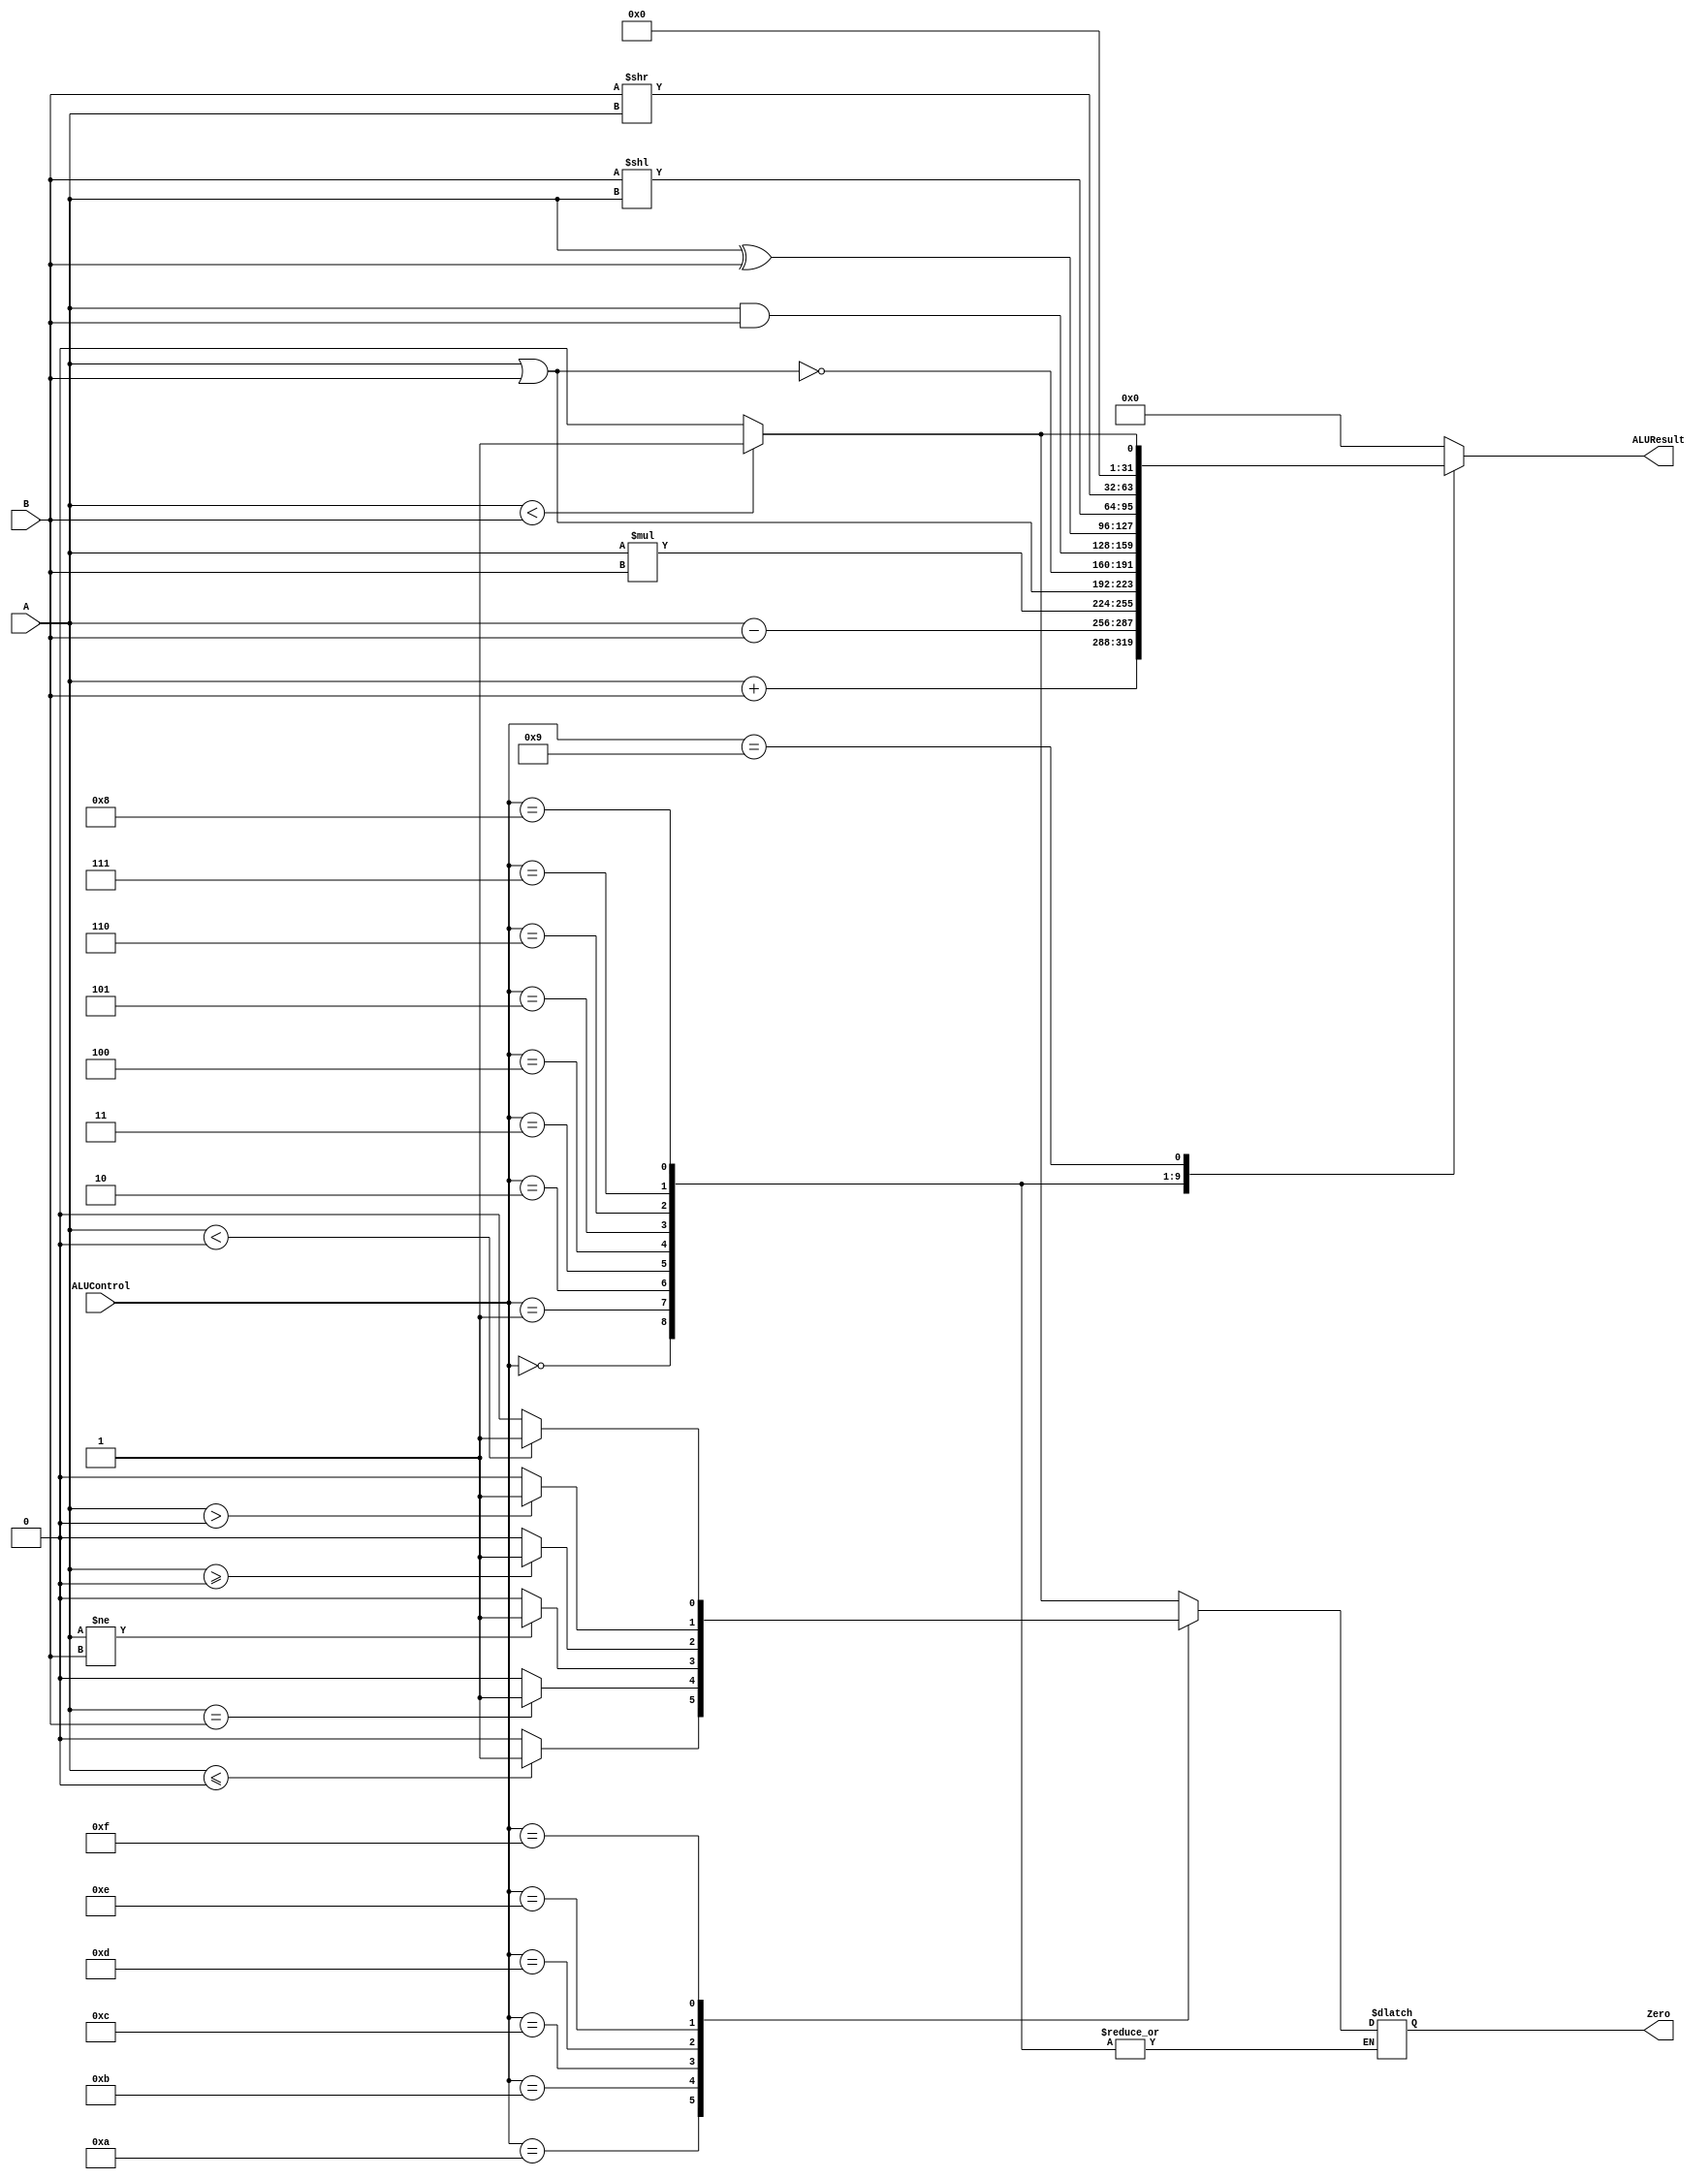
`timescale 1ns / 1ps

////////////////////////////////////////////////////////////////////////////////
// ECE369 - Computer Architecture
// 
// Module - ALU32Bit.v
// Description - 32-Bit wide arithmetic logic unit (ALU).
//
// INPUTS:-
// ALUControl: N-Bit input control bits to select an ALU operation.
// A: 32-Bit input port A.
// B: 32-Bit input port B.
//
// OUTPUTS:-
// ALUResult: 32-Bit ALU result output.
// ZERO: 1-Bit output flag. 
//
// FUNCTIONALITY:-
// Design a 32-Bit ALU, so that it supports all arithmetic operations 
// needed by the MIPS instructions given in Labs5-8.docx document. 
//   The 'ALUResult' will output the corresponding result of the operation 
//   based on the 32-Bit inputs, 'A', and 'B'. 
//   The 'Zero' flag is high when 'ALUResult' is '0'. 
//   The 'ALUControl' signal should determine the function of the ALU 
//   You need to determine the bitwidth of the ALUControl signal based on the number of 
//   operations needed to support. 
////////////////////////////////////////////////////////////////////////////////
//Percentages
//Mason: 33%
//Alex: 33%
// Ali: 33%
module ALU32Bit(
    input [3:0]ALUControl, 
    input signed [31:0] A, B, 
    output reg [31:0] ALUResult, 
    output reg Zero
    );
    
    always @(ALUControl, A, B ) begin
        ALUResult <= 0;
		case(ALUControl)
			4'b0000: ALUResult <= A + B; //add
			4'b0001: ALUResult <= A - B;//subtract
			4'b0010: ALUResult <= A * B; //multiply
			
			4'b0011: ALUResult <= A | B;//or
			4'b0100: ALUResult <= ~(A | B); //nor
			4'b0101: ALUResult <= A & B;//and
			4'b0110: ALUResult <= A^B; //xor
			4'b0111: ALUResult <= B << A; //shift left by A (order is cuz of sa reg)
			4'b1000: ALUResult <= B >> A; //shift right by A (order is cuz of sa reg)

			4'b1001: begin
				ALUResult <= A < B ? 1:0; //if A < B, 1, else 0
				Zero <= A < B ? 1:0; //if A < B, zero = 1, else zero = 0
			end
			
			4'b1010: begin
			 Zero = A <= 32'sd0 ? 1:0; //if A <= B, 1, else 0 //blez
			end
			
			4'b1011: begin
			 Zero = A == B ? 1:0; //if A == B, 1, else 0 //beq
			end
			
			4'b1100: begin
			 Zero = A != B ? 1:0; //if A != B, 1, else 0 //bne
			end
			
			4'b1101: begin
			 Zero = A >= 32'sd0 ? 1:0; //if A >= B, 1, else 0 //bgez
			end
			
			4'b1110: begin
			 Zero = A > 32'sd0 ? 1:0; //if A > B, 1, else 0 //bgtz
			end
			
			4'b1111: begin
			 Zero = A < 32'sd0 ? 1:0; //if A < B, 1, else 0 //bltz
            end
			
			default: ALUResult <= 0;
		endcase
		
	end 

endmodule